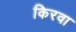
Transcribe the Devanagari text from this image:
किरवा